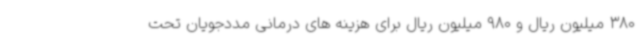
380 میلیون ریال و 980 میلیون ریال برای هزینه های درمانی مددجویان تحت